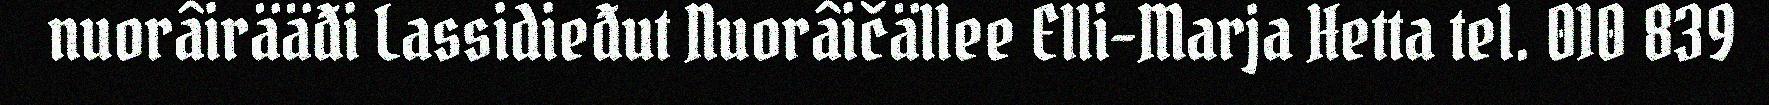
nuorâirääđi Lassidieđut Nuorâičällee Elli-Marja Hetta tel. 010 839